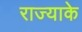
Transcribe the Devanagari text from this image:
राज्याके